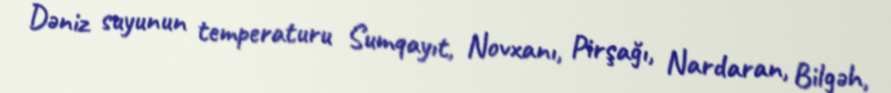
Dəniz suyunun temperaturu Sumqayıt, Novxanı, Pirşağı, Nardaran, Bilgəh,